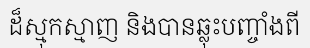
ដ៏ស្មុកស្មាញ និងបានឆ្លុះបញ្ចាំងពី